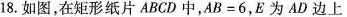
18.如图，在矩形纸片ABCD中，$$A B = 6$$，E为AD